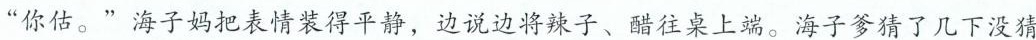
”你估。”海子妈把表情装得平静，边说边将辣子、醋往桌上端。海子爹猜了几下没猜